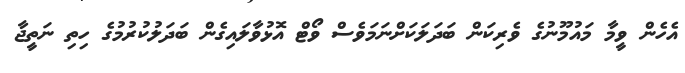
އެހެން ވީމާ މައުމޫނުގެ ވެރިކަން ބަދަލަކަށްނަމަވެސް ވޯޓް އޮޅުވާލައިގެން ބަދަލުކުރުމުގެ ހިތި ނަތީޖާ